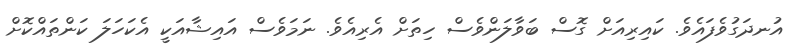
އުނދަގުވެފައެވެ. ކައިރިއަށް ގޮސް ބަވާލަންވެސް ހިތަށް އެރިއެވެ. ނަމަވެސް އައިޝާއަކީ އެކަހަލަ ކަންތައްކޮށް